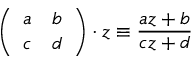
\left( \begin{array} { c c } { { a } } & { { b } } \\ { { c } } & { { d } } \end{array} \right) \cdot z \equiv \frac { a z + b } { c z + d }